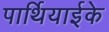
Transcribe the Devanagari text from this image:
पार्थियाईके